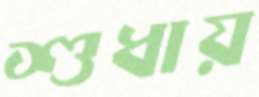
শুধায়